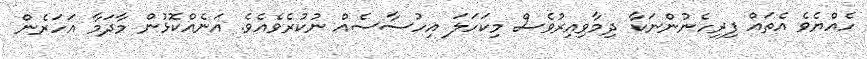
ހެއްޔެވެ އެތައް ފިރިހެނުންނަކާ ދިމާވިއިރުވެސް މިކަހަލަ އިހުސާސެއް ނުކުރެވެއެވެ. އަނެއްކޮޅުން މާދަމާ އަހަރެން